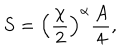
LaTeX: S = \left( \frac { \chi } { 2 } \right) ^ { \alpha } \frac { A } { 4 } ,